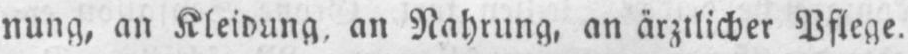
nung, an Kleidung, an Nahrung, an ärztlicher Pflege.